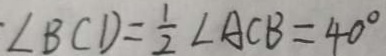
\angle B C D = \frac { 1 } { 2 } \angle A C B = 4 0 ^ { \circ }